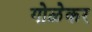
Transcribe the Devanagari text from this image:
गोळेकर